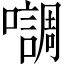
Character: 𭌄